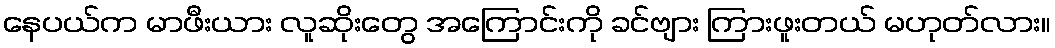
နေပယ်က မာဖီးယား လူဆိုးတွေ အကြောင်းကို ခင်ဗျား ကြားဖူးတယ် မဟုတ်လား။